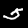
Label: 5